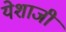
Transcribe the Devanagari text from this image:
येशाजी